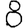
Digit: 8